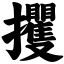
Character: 攫